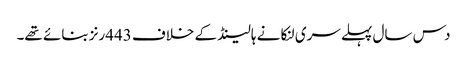
دس سال پہلے سری لنکا نے ہالینڈ کے خلاف 443رنز بنائے تھے۔